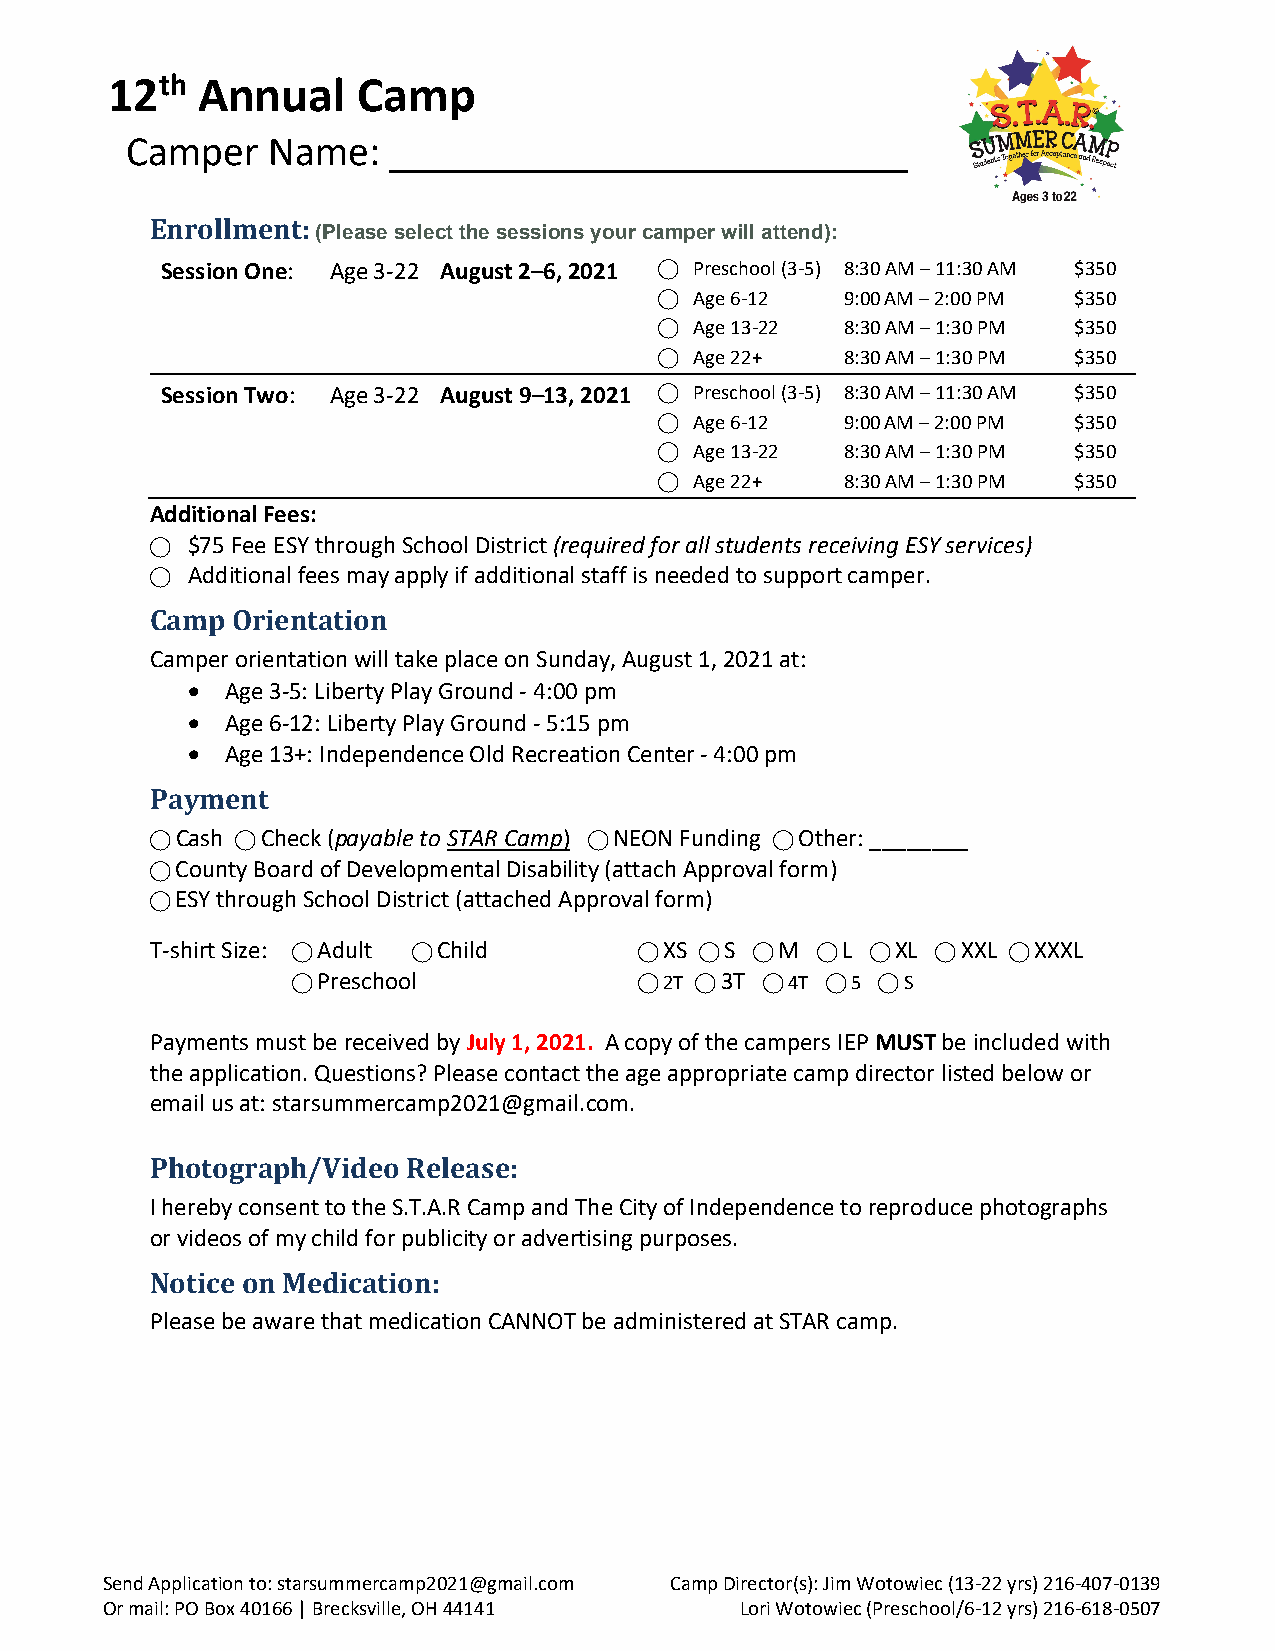
12th  Annual     Camp
 Camper    Name:   _________________________
 Enrollment:
 (Please select the sessions your camper will attend):
 Session One: Age 3-22 August 2–6, 2021 ⃝ Preschool (3-5) 8:30 AM – 11:30 AM $350
 ⃝ Age 6-12  9:00 AM – 2:00 PM $350
 ⃝ Age 13-22 8:30 AM – 1:30 PM $350
 ⃝ Age 22+   8:30 AM – 1:30 PM $350
 Session Two: Age 3-22 August 9–13, 2021 ⃝ Preschool (3-5) 8:30 AM – 11:30 AM $350
 ⃝ Age 6-12  9:00 AM – 2:00 PM $350
 ⃝ Age 13-22 8:30 AM – 1:30 PM $350
 ⃝ Age 22+   8:30 AM – 1:30 PM $350
 Additional Fees:
 ⃝ $75 Fee ESY through School District (required for all students receiving ESY services)
 ⃝ Additional fees may apply if additional staff is needed to support camper.
 Camp Orientation
 Camper orientation will take place on Sunday, August 1, 2021 at:
   Age 3-5: Liberty Play Ground - 4:00 pm
   Age 6-12: Liberty Play Ground - 5:15 pm
   Age 13+: Independence Old Recreation Center - 4:00 pm
 Payment
 ⃝ Cash ⃝ Check (payable to STAR Camp) ⃝ NEON Funding ⃝ Other: ________
 ⃝ County Board of Developmental Disability (attach Approval form)
 ⃝ ESY through School District (attached Approval form)
 T-shirt Size: ⃝ Adult ⃝ Child   ⃝ XS ⃝ S ⃝ M ⃝ L ⃝ XL ⃝ XXL ⃝ XXXL
 ⃝ Preschool            ⃝ 2T ⃝ 3T ⃝ 4T ⃝ 5 ⃝ S
 Payments must be received by July 1, 2021. A copy of the campers IEP MUST be included with
 the application. Questions? Please contact the age appropriate camp director listed below or
 email us at: starsummercamp2021@gmail.com.
 Photograph/Video Release:
 I hereby consent to the S.T.A.R Camp and The City of Independence to reproduce photographs
 or videos of my child for publicity or advertising purposes.
 Notice on Medication:
 Please be aware that medication CANNOT be administered at STAR camp.
 Send Application to: starsummercamp2021@gmail.com Camp Director(s): Jim Wotowiec (13-22 yrs) 216-407-0139
 Or mail: PO Box 40166 | Brecksville, OH 44141 Lori Wotowiec (Preschool/6-12 yrs) 216-618-0507